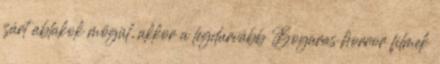
zárt ablakok mögül, akkor a legdurvább Bogaras horror filmek